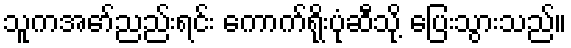
သူကအော်ညည်းရင်း ကောက်ရိုးပုံဆီသို့ ပြေးသွားသည်။